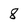
Character: 8